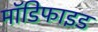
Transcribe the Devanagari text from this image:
माॅडिफाइड